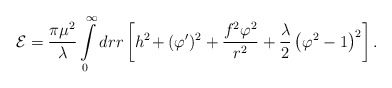
\begin{align*}{\cal E}={\pi\mu^2\over\lambda}\int\limits_{0}^{\infty}dr r\left[h^2\! + (\varphi')^2 +{f^2\varphi^2\over r^2} + {\lambda\over 2}\left(\varphi^2 -1\right)^2\right].\end{align*}